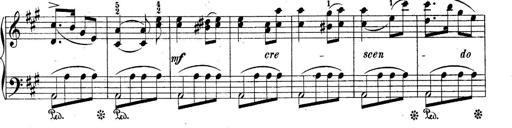
Title: 10 Sonatines progressives
Composer: Anton Schmoll